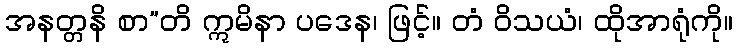
အနတ္တနိ စာ”တိ ဣမိနာ ပဒေန၊ ဖြင့်။ တံ ဝိသယံ၊ ထိုအာရုံကို။